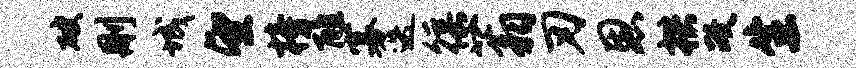
破删城望榜醮寡迭徭蓊刃恩拱政生